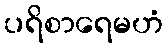
ပရိစာရေမဟံ